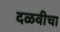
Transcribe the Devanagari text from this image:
दळवीचा